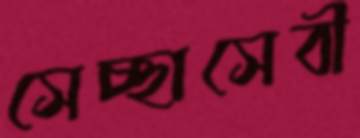
সেচ্ছাসেবী